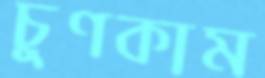
চুণকাম